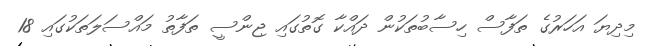
މިދިޔަ އަހަރުގެ ތަފާސް ހިސާބުތަކުން ދައްކާ ގޮތުގައި ޖިންސީ ތަފާތު މައްސަލަތަކުގައި 18